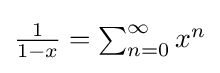
{\textstyle {\frac {1}{1-x}}=\sum _{n=0}^{\infty }x^{n}}